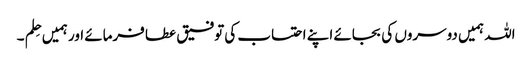
اللہ ہمیں دوسروں کی بجائے اپنے احتساب کی توفیق عطا فرمائے اور ہمیں حِلم ۔